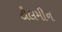
ટૌલમીન